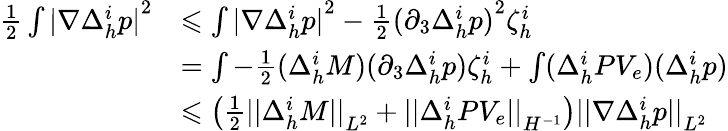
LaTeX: \begin{array}{rl}{\frac{1}{2}\int{\lvert\nabla\Delta_{h}^{i}p\rvert}^{2}}&{\leqslant\int{\lvert\nabla\Delta_{h}^{i}p\rvert}^{2}-\frac{1}{2}{(\partial_{3}\Delta_{h}^{i}p)}^{2}\zeta_{h}^{i}}\\ &{=\int-\frac{1}{2}(\Delta_{h}^{i}M)(\partial_{3}\Delta_{h}^{i}p)\zeta_{h}^{i}+\int(\Delta_{h}^{i}PV_{e})(\Delta_{h}^{i}p)}\\ &{\leqslant\left(\frac{1}{2}{\lvert\lvert\Delta_{h}^{i}M\rvert\rvert}_{L^{2}}+{\lvert\lvert\Delta_{h}^{i}PV_{e}\rvert\rvert}_{H^{-1}}\right){\lvert\lvert\nabla\Delta_{h}^{i}p\rvert\rvert}_{L^{2}}}\end{array}